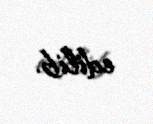
edilib.